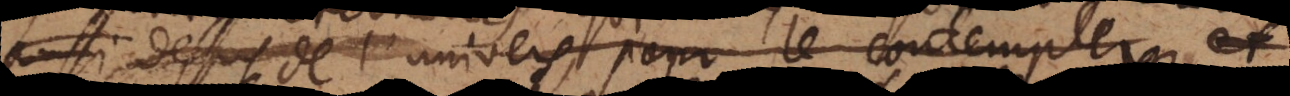
au dessus de l’univers pour le contempler, et